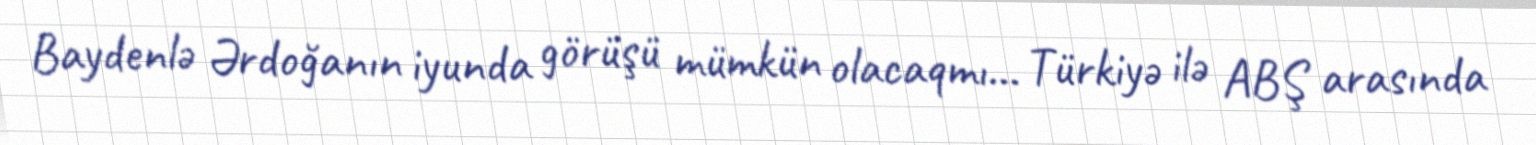
Baydenlə Ərdoğanın iyunda görüşü mümkün olacaqmı... Türkiyə ilə ABŞ arasında